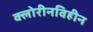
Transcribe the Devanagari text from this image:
क्लोरीनविहीन